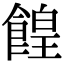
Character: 餭